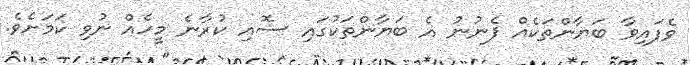
ވެފައިވާ ބަޔާންތަކެއް ފެނުނު އެ ބަޔާންތަކުގައި ސޮއި ކުރާނެ މީހެއް ނުވި ކަމަށެވެ.